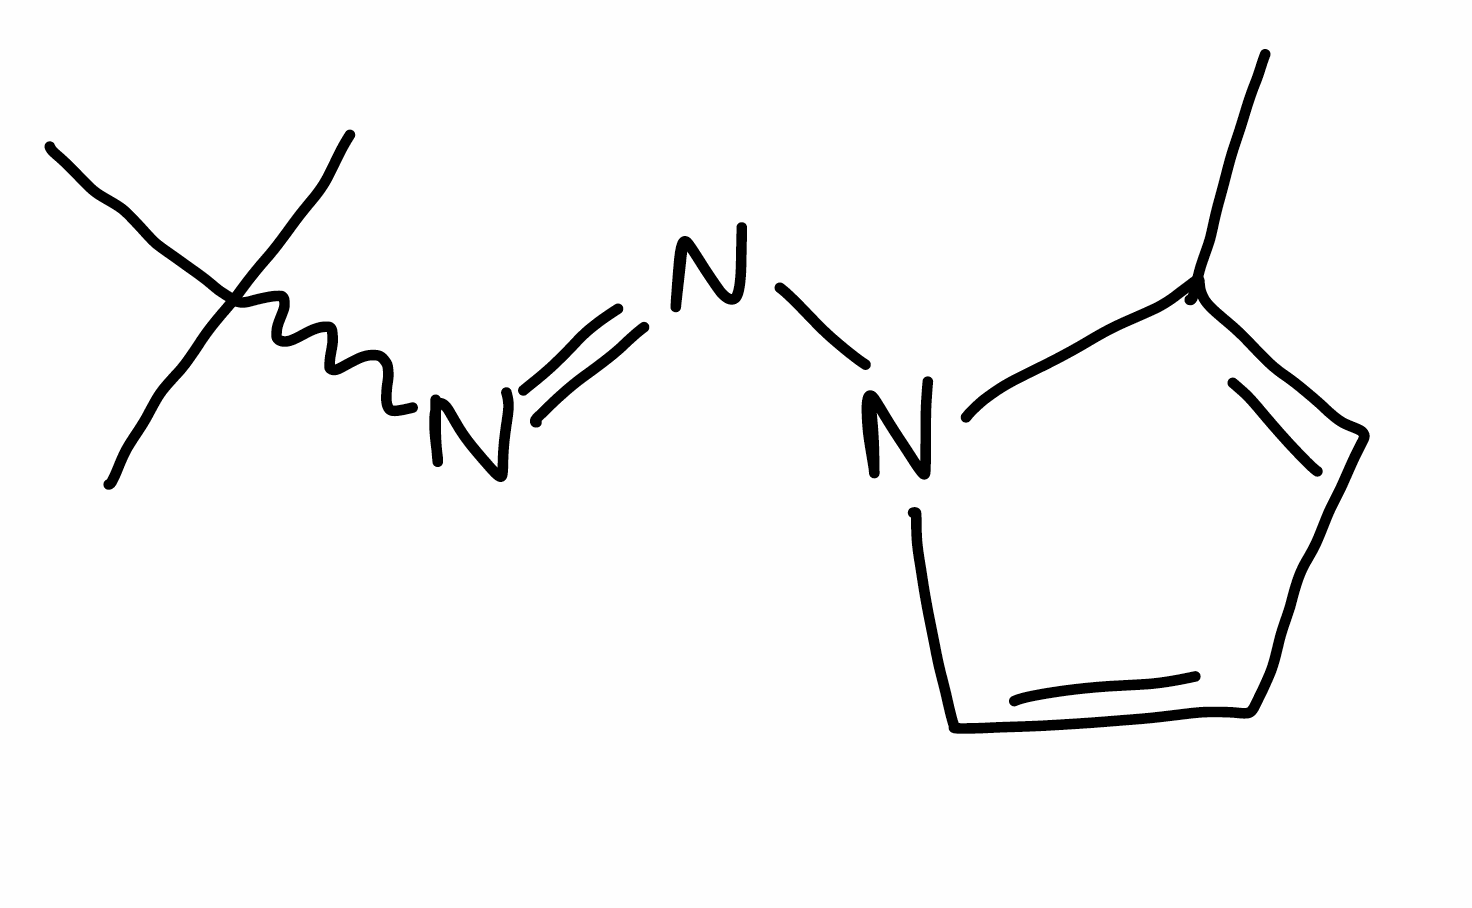
Simplified molecular-input line-entry system (SMILES) notation of the given molecule:
CC1=CC=CN1N=NC(C)(C)C